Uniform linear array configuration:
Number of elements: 32
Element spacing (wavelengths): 0.25
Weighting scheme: hamming
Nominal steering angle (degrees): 0
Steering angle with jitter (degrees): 0.01814
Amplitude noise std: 0.05
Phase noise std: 0.05

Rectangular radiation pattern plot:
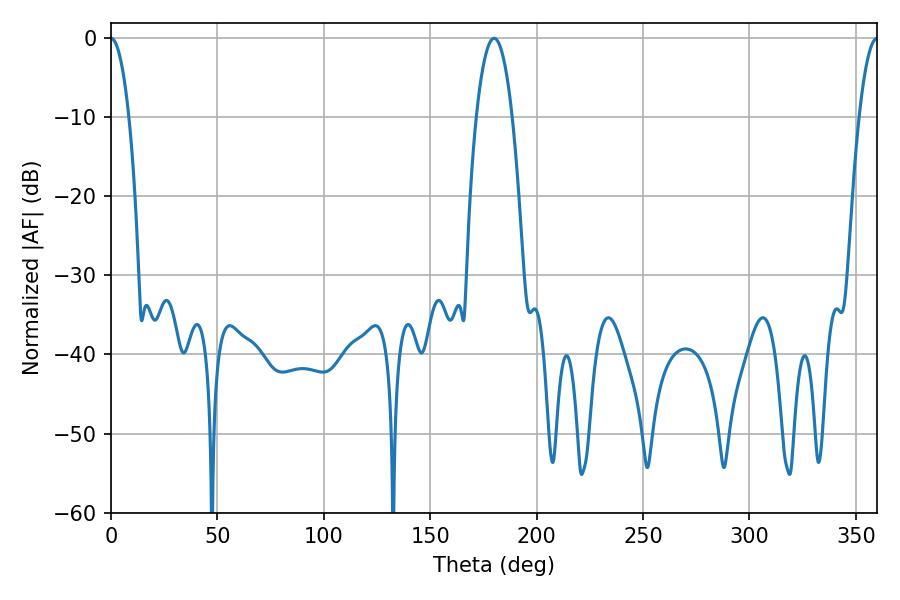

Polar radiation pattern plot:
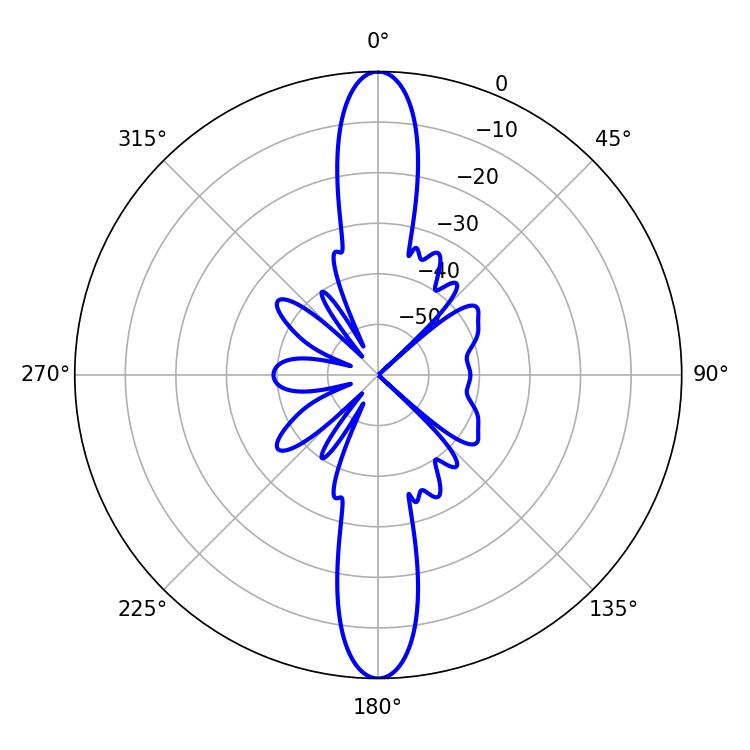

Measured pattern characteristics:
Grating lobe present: FALSE
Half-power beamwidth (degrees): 4.68
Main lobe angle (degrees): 0